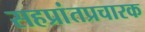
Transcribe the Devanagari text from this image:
सहप्रांतप्रचारक